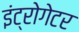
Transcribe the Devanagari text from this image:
इंट्रोगेटर